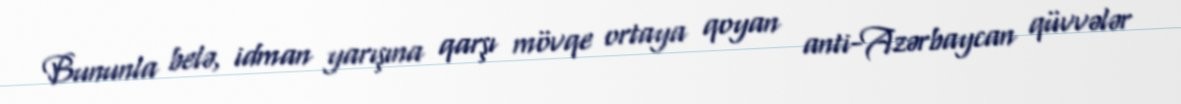
Bununla belə, idman yarışına qarşı mövqe ortaya qoyan anti-Azərbaycan qüvvələr